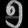
Digit: ၅